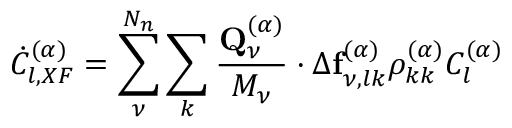
\dot { C } _ { l , X F } ^ { ( \alpha ) } = \sum _ { \nu } ^ { N _ { n } } \sum _ { k } \frac { \mathbf { Q } _ { \nu } ^ { ( \alpha ) } } { M _ { \nu } } \cdot \Delta \mathbf { f } _ { \nu , l k } ^ { ( \alpha ) } \rho _ { k k } ^ { ( \alpha ) } C _ { l } ^ { ( \alpha ) }